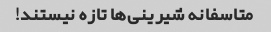
متاسفانه شیرینی‌ها تازه نیستند!